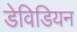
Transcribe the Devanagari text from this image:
डेविडियन